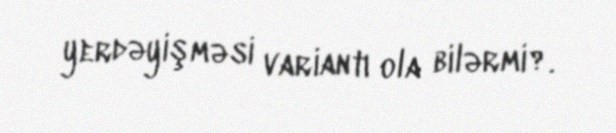
yerdəyişməsi variantı ola bilərmi?.